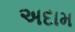
અદામ